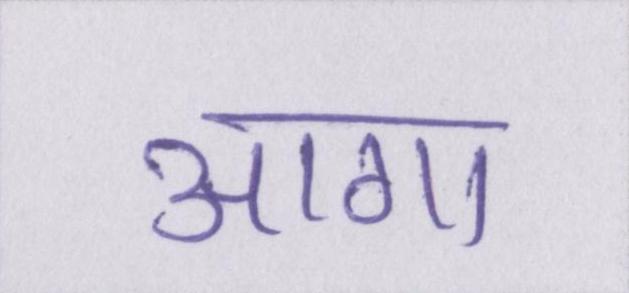
आगा